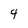
Character: 4